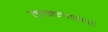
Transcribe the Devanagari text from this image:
मन्नानर